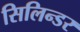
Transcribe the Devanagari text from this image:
सिलिन्डर